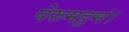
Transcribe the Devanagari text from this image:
पेरुमट्टमं।